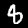
Digit: 8